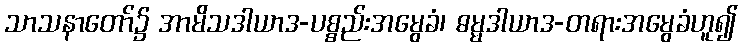
သာသနာတော်၌ အာမိသဒါယာဒ-ပစ္စည်းအမွေခံ၊ ဓမ္မဒါယာဒ-တရားအမွေခံဟူ၍